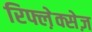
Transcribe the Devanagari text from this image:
रिफ्ल़ेक्सेज़